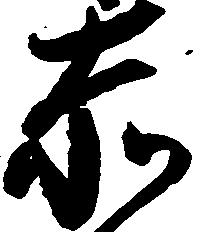
赤